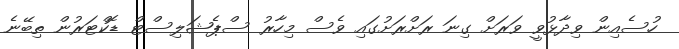
ހުސެއިން ވިދާޅުވީ ވަރަށް ގިނަ ރަށްރަށުގައި ވެސް މިހާރު ސްޕެޝަލިސްޓް ޑޮކްޓަރުން ތިބޭނެ